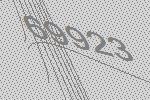
69923